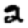
Digit: 2